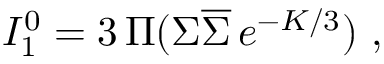
{ \cal I } _ { 1 } ^ { 0 } = 3 \, \Pi ( \Sigma \overline { { { \Sigma } } } \, e ^ { - K / 3 } ) \ ,